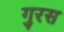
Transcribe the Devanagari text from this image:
गुरस